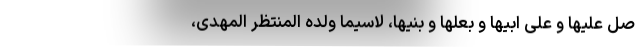
صل علیها و علی ابیها و بعلها و بنیها، لاسیما ولده المنتظر المهدی،